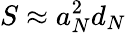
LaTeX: S\approx a_{N}^{2}d_{N}